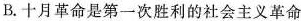
B.十月革命是第一次胜利的社会主义革命